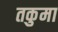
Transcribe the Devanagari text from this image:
तकुमा